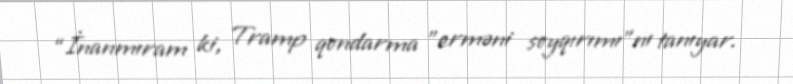
“İnanmıram ki, Tramp qondarma ”erməni soyqırımı"nı tanıyar.